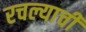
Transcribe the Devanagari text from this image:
रचल्याची